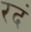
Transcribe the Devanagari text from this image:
रदं